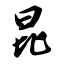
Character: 昆